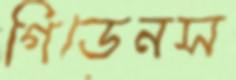
গিডেনস